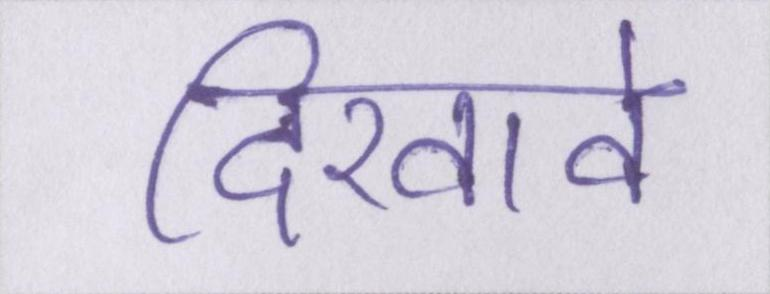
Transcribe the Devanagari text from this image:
दिखावे